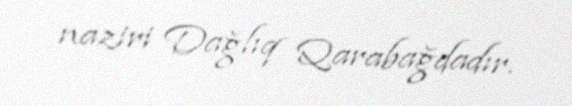
naziri Dağlıq Qarabağdadır.